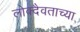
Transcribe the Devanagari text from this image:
लोक्दैवताच्या